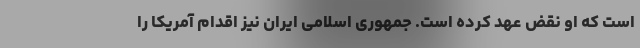
است که او نقض عهد کرده است. جمهوری اسلامی ایران نیز اقدام آمریکا را